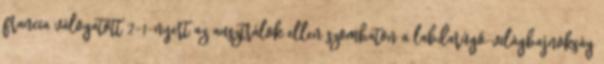
francia válogatott 2-1-nyert az ausztrálok ellen szombaton a labdarúgó-világbajnokság